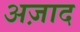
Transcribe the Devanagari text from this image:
अज़ाद